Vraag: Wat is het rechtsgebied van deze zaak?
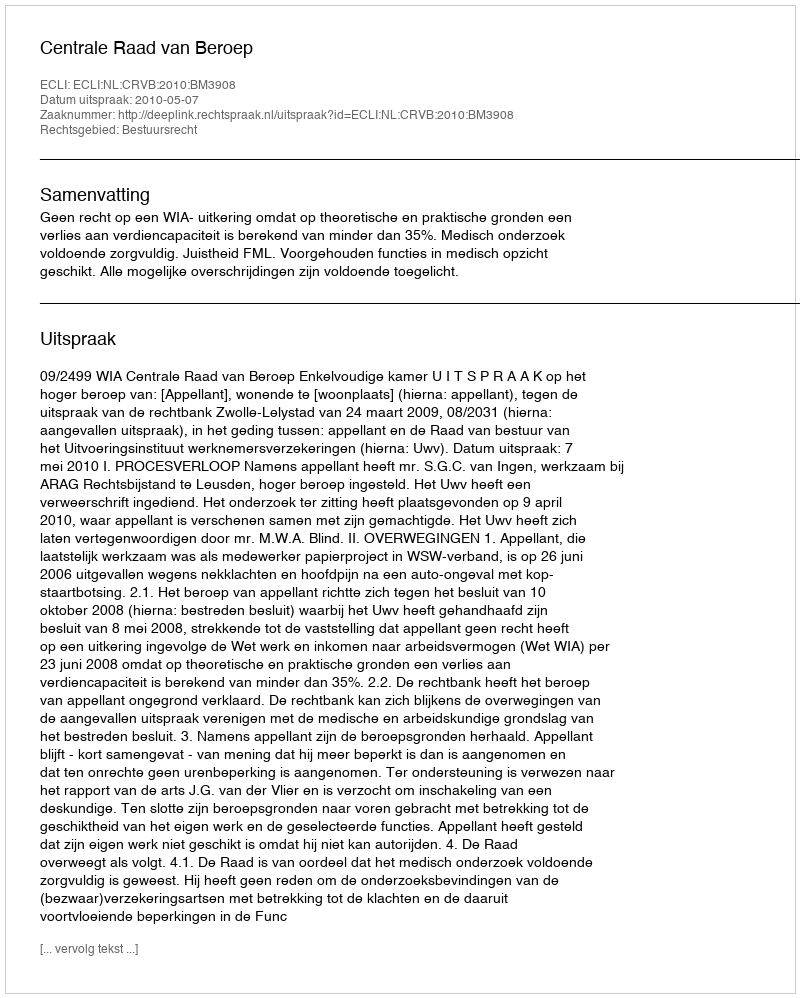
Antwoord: Bestuursrecht